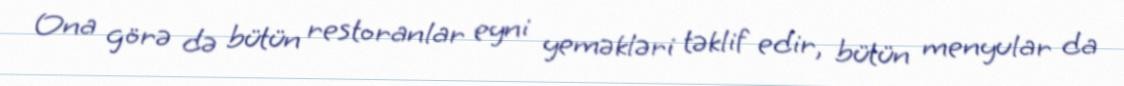
Ona görə də bütün restoranlar eyni yeməkləri təklif edir, bütün menyular da